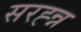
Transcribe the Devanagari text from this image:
सरह्न्न